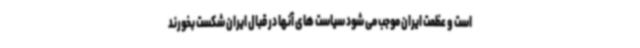
است و عظمت ایران موجب می شود سیاست های آنها در قبال ایران شکست بخورند